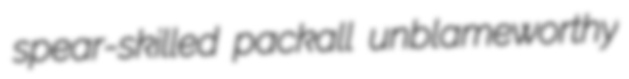
spear-skilled packall unblameworthy